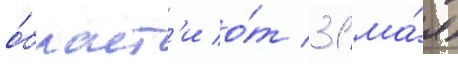
о́бласт'и о́т 31 ма́я